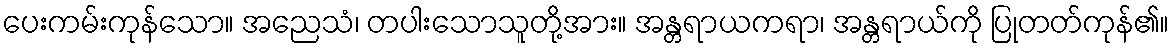
ပေးကမ်းကုန်သော။ အညေသံ၊ တပါးသောသူတို့အား။ အန္တရာယကရာ၊ အန္တရာယ်ကို ပြုတတ်ကုန်၏။